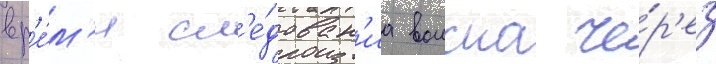
вр'е́м'я сл'е́дован'иа воиска че́р'ез